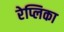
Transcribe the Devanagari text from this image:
रेप्लिका